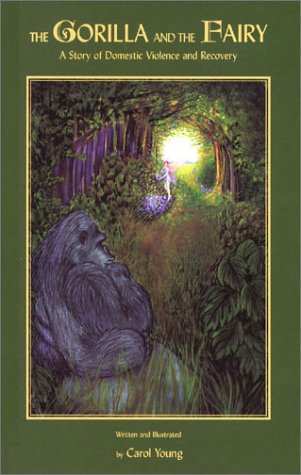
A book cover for The Gorilla and the Fairy; Carol Young; Parenting & Relationships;